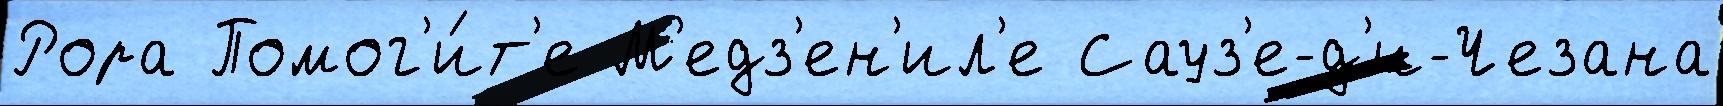
Рора Помог'и́т'е М'едз'ен'ил'е Сауз'е-д'и-Чезана